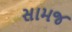
સામજ